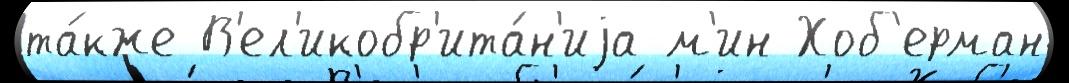
та́кже В'ел'икобр'ита́н'иjа м'ин Хоб'ерман